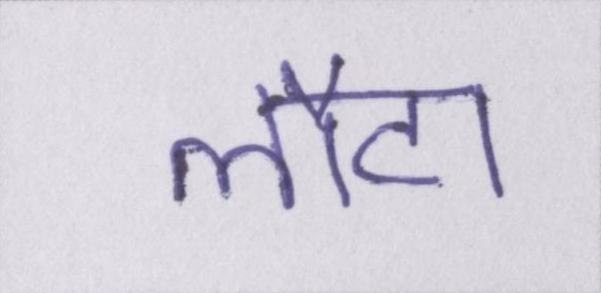
लौटा